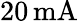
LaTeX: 20\, \textrm{mA}